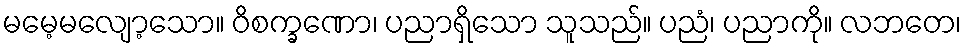
မမေ့မလျော့သော။ ဝိစက္ခဏော၊ ပညာရှိသော သူသည်။ ပညံ၊ ပညာကို။ လဘတေ၊